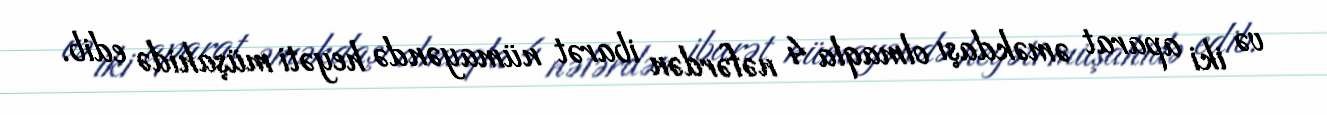
və iki aparat əməkdaşı olmaqla 4 nəfərdən ibarət nümayəndə heyəti müşahidə edib.